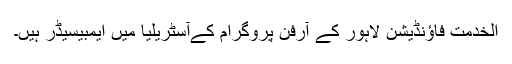
الخدمت فاؤنڈیشن لاہور کے آرفن پروگرام کےآسٹریلیا میں ایمبیسیڈر ہیں۔